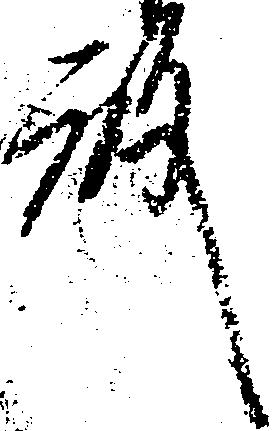
殿